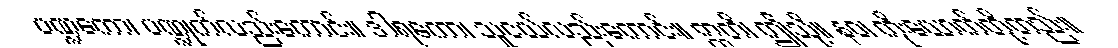
ပဏ္ဍကော၊ ပဏ္ဍုက်လည်းကောင်း။ ဒါရကော၊ သူငယ်လည်းကောင်း။ ဣတိ၊ ဤသို့။ နဝ၊ ကိုးယောက်တို့တည်း။